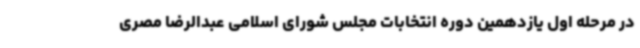
در مرحله اول یازدهمین دوره انتخابات مجلس شورای اسلامی عبدالرضا مصری